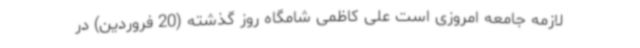
لازمه جامعه امروزی است علی کاظمی شامگاه روز گذشته (20 فروردین) در